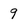
Character: q